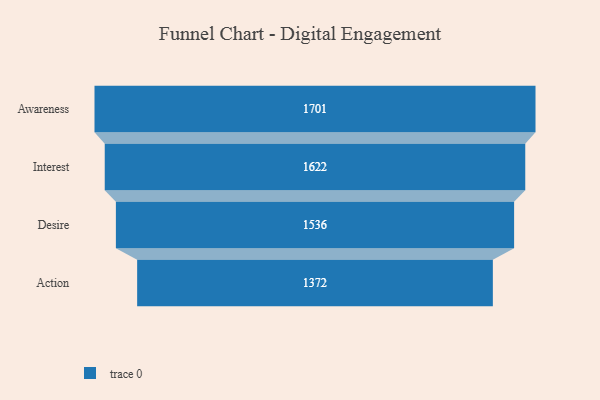
{"axis": {"x": "Stage", "y": "Value"}, "legend": [""], "data": [{"x": "Awareness", "y": 1701.0, "type": ""}, {"x": "Interest", "y": 1622.0, "type": ""}, {"x": "Desire", "y": 1536.0, "type": ""}, {"x": "Action", "y": 1372.0, "type": ""}]}